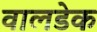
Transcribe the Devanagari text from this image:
वालडेक